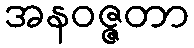
အနဝဇ္ဇတာ